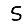
Digit: 5